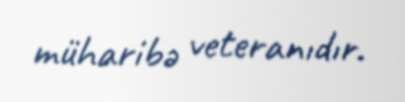
müharibə veteranıdır.